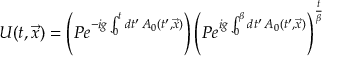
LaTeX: U ( t , \vec { x } ) = \left( P e ^ { - i g \int _ { 0 } ^ { t } d t ^ { \prime } \, A _ { 0 } ( t ^ { \prime } , \vec { x } ) } \right) \left( P e ^ { i g \int _ { 0 } ^ { \beta } d t ^ { \prime } \, A _ { 0 } ( t ^ { \prime } , \vec { x } ) } \right) ^ { { \frac { t } { \beta } } }